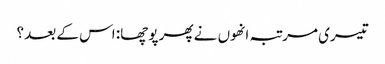
تیسری مرتبہ انھوں نے پھر پوچھا: اس کے بعد ؟